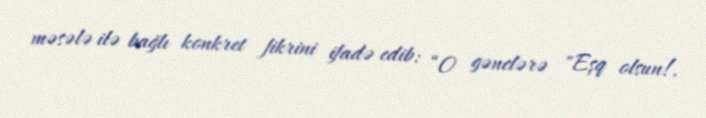
məsələ ilə bağlı konkret fikrini ifadə edib: “O gənclərə "Eşq olsun!.